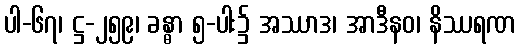
ပါ-၆၇၊ ဋ္ဌ-၂၅၉၊ ခန္ဓာ ၅-ပါး၌ အဿာဒ၊ အာဒီနဝ၊ နိဿရဏ